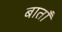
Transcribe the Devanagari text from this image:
बाताँ